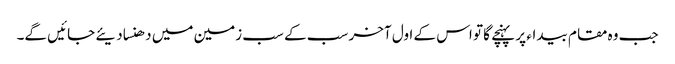
جب وہ مقام بیداء پر پہنچے گا تو اس کے اول آخر سب کے سب زمین میں دھنسا دیئے جائیں گے۔